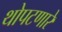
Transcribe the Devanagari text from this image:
थोपटणारे